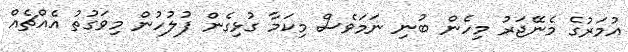
އުމަރުގެ މެނޭޖަރު މިހެން ބުނި ނަމަވެސް މިކަމާ ގުޅިގެން ފުލުހުން މިވަގުތު އެއްޗެއް